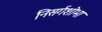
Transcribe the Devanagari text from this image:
निसर्गशोभा